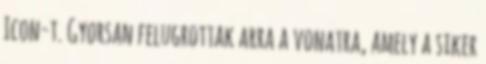
Icon-t. Gyorsan felugrottak arra a vonatra, amely a siker